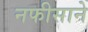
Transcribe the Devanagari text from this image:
नफीसाने